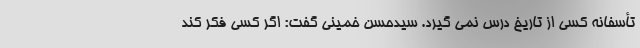
تأسفانه کسی از تاریخ درس نمی گیرد. سیدحسن خمینی گفت: اگر کسی فکر کند